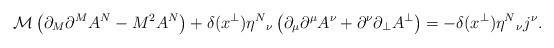
LaTeX: \begin{align*}\mathcal{M}\left(\partial_M\partial^M A^N-M^2 A^N\right)+\delta(x^\perp)\eta^N{}_\nu\left(\partial_\mu\partial^\mu A^\nu+\partial^\nu\partial_\perp A^\perp\right)=-\delta(x^\perp)\eta^N{}_\nu j^\nu.\end{align*}